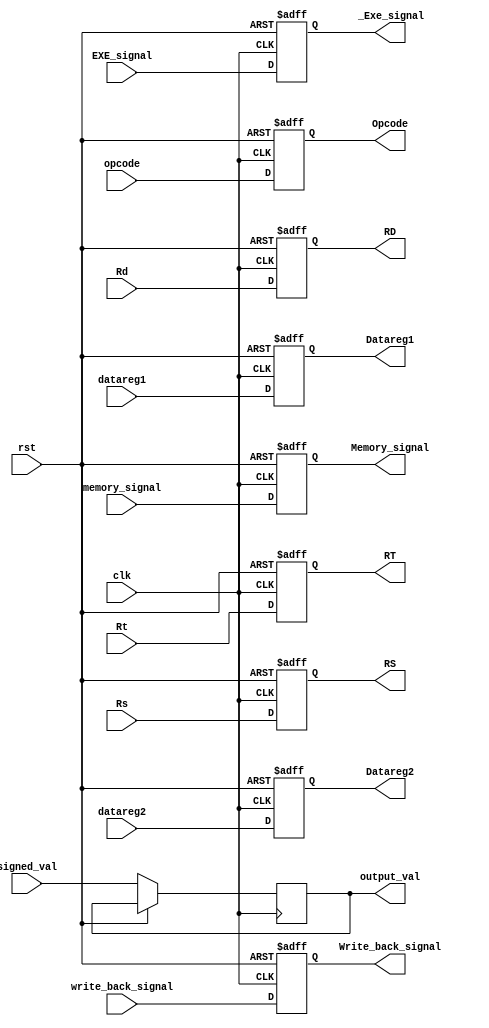
module ID2EXE_reg(input clk,rst,input [1:0]write_back_signal,memory_signal,input [4:0]EXE_signal,Rs,Rt,Rd,input [5:0] opcode
                ,input [31:0]signed_val,datareg1,datareg2
                ,output reg[1:0]Write_back_signal,Memory_signal
                ,output reg[4:0]_Exe_signal,RS,RT,RD
                ,output reg[31:0] output_val,Datareg1,Datareg2
                ,output reg[5:0] Opcode);
            
    always @(posedge clk,posedge rst)begin
        if(rst)begin
            Write_back_signal <= 2'b0;
            Memory_signal <= 2'b0;
            _Exe_signal <= 5'b0;
            RS <= 5'b0;
            RT <= 5'b0;
            RD <= 5'b0;
            //{Beq,Neq} <= 2'b0;
            Opcode <= 6'b0;
            Datareg1 <= 32'b0;
            Datareg2 <= 32'b0;
        end else begin
            output_val <= signed_val;
            Write_back_signal <= write_back_signal;
            Memory_signal <= memory_signal;
            _Exe_signal <= EXE_signal;
            RS <= Rs;
            RT <= Rt;
            RD <= Rd;
            Opcode <= opcode;
            Datareg1 <= datareg1;
            Datareg2 <= datareg2;
        end

    end

endmodule